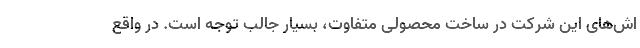
اش‌های این شرکت در ساخت محصولی متفاوت، بسیار جالب توجه است. در واقع